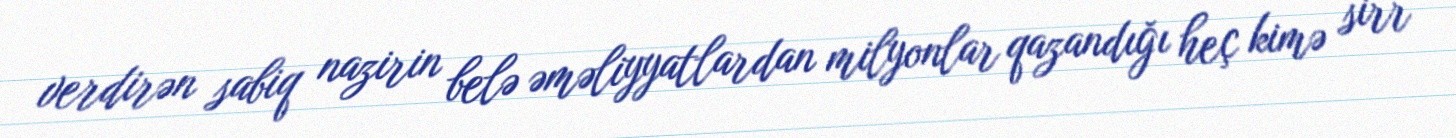
verdirən sabiq nazirin belə əməliyyatlardan milyonlar qazandığı heç kimə sirr